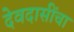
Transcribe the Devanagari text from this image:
देवदासींचा